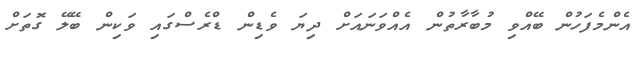
އެންމެފަހުން ބޭއްވި މުބާރާތުން އެއްވަނައަށް ދިޔަ ވެޑިން ޑްރެސްގައި ވަކިން ބޭލޭ ގޮތަށް